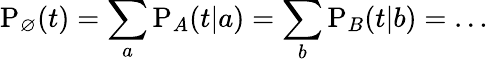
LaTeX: \mathrm{P}_{\varnothing}(t)=\sum_{a}\mathrm{P}_{A}(t|a)=\sum_{b}\mathrm{P}_{B}(t|b)=\ldots